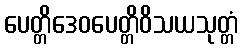
ပေတ္တိဒေဝပေတ္တိဝိသယသုတ္တံ